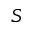
S